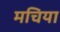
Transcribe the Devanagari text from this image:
मचिया